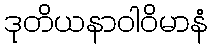
ဒုတိယနာဝါဝိမာနံ